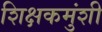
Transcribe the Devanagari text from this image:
शिक्षकमुंशी